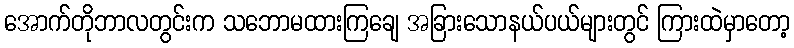
အောက်တိုဘာလတွင်းက သဘောမထားကြချေ အခြားသောနယ်ပယ်များတွင် ကြားထဲမှာတော့